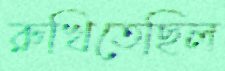
রুখিতেছিল